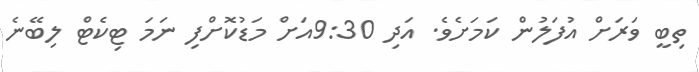
ތިބީ ވަރަށް އުފަލުން ކަމަށެވެ. އަދި 9:30އަށް މަޑުކޮށްފި ނަމަ ޓިކެޓް ލިބޭނެ